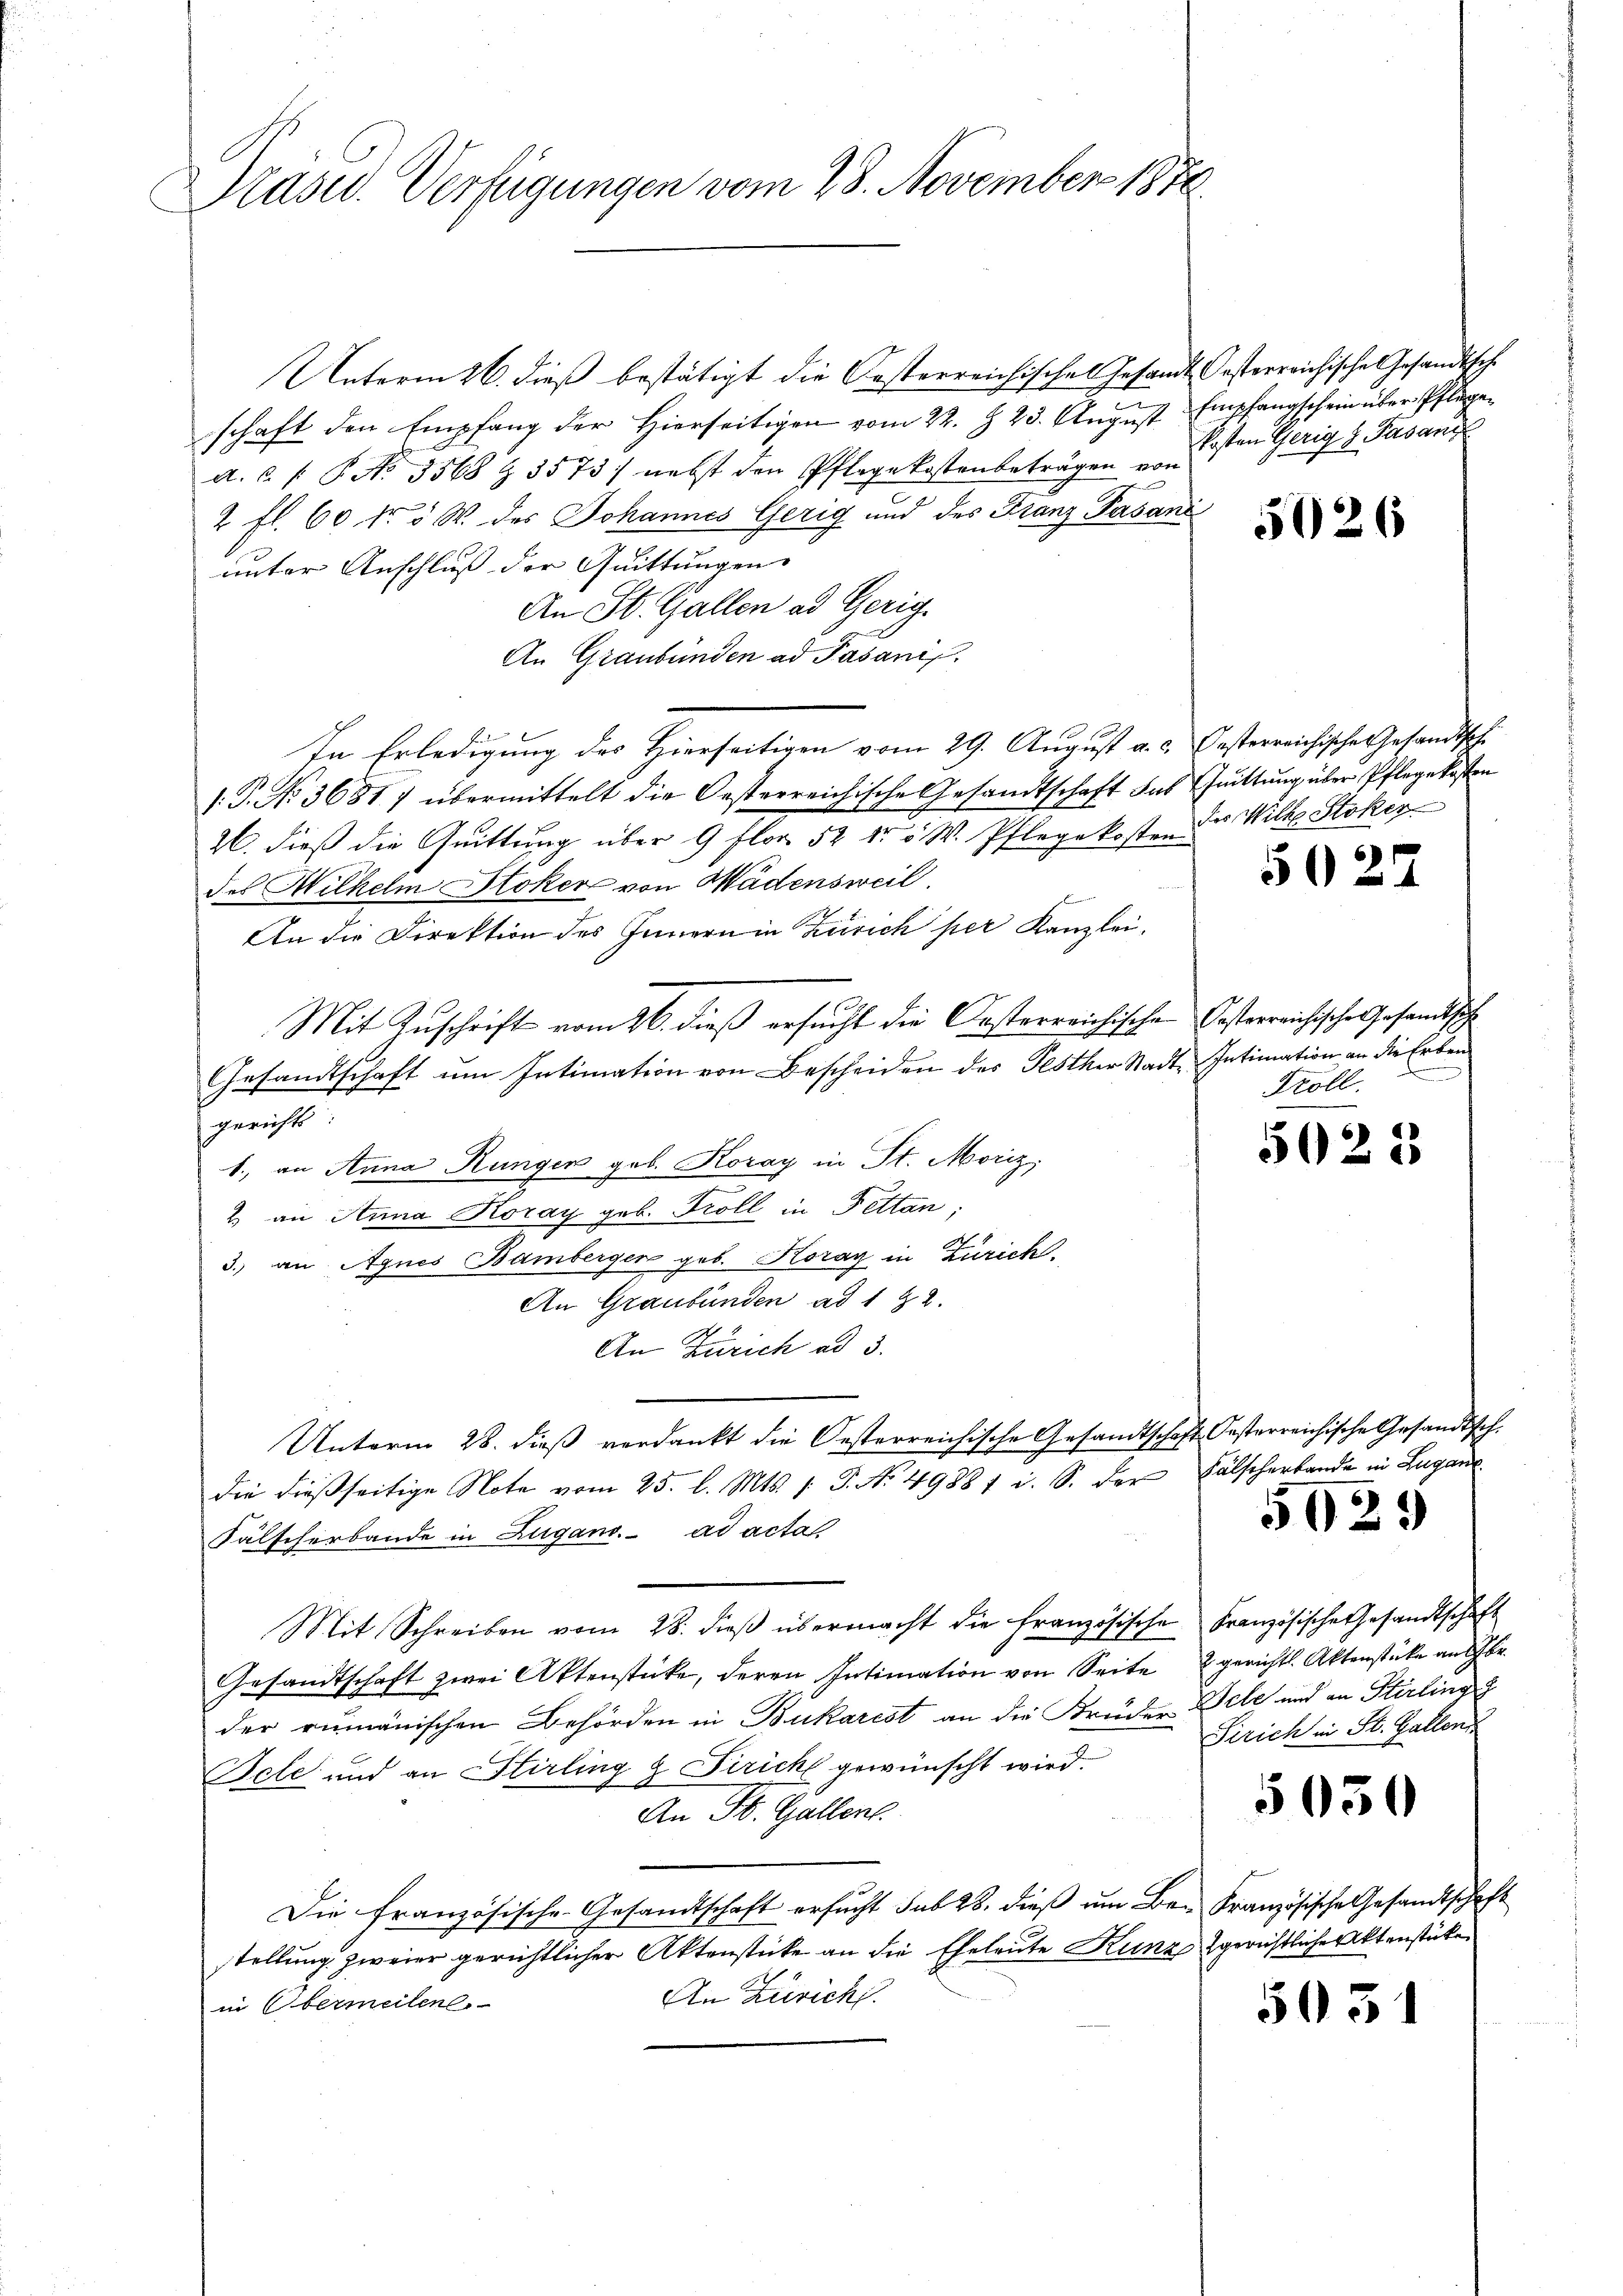
Präsid. Verfügungen vom 28. November 1876

Unterm 26. dieß bestätigt die Kosterreichisches Gesandt besterreichische Gesandtsche
schaft den Empfang der hierseitigen vom 22. § 23. Aŭgŭst Empfangschein über Pflinge¬
A. u. s. B. No. 3568 Z. 3573) nebst den Pflegekostenbeträgen von
2 fl. 60 fr 5 W. des Johannes Gerig und des Franz Pasani
unter Anschluß der Quittungen |
An St. Gallen ad Gerig.
An Graubünden ad Pasanis
In Erledigung des Hierseitigen vom 29. August a. c. Oesterreichische Gesandtsche
1: P. No. 3681) übermittelt die Oesterreichische Gesandtschaft das Quittung über Pflegekosten
26. dieß die Quittung über 9 flor 52 fr 5 W. Pflegekosten Wille Stokir
des Wilhelm Stoker von Wädensweil.
An die Direktion des Innern in Zürich per Kanzlei.
Mit Zuschrift vom 26. dieß ersucht die Oesterreichische Casterrichische Gesandtsch
Gesandtschaft um Intimation von Bescheiden des Festher Stadt Intimation an die Erben
gericht
1., an Anna Rungen geb. Koray in St. Moriz
2 an Anna Koray geb. Troll in Fettan
3. an Agnes Bamberger geb. Horay in Zürich.
An Graubünden ad 1 & 2.
An Zürich ad 3.
Unterm 28. dieβ verdankt die Oesterreichische Gesandtschaft Oesterreichische Gesandtsch.
die dießseitige Note vom 25. l. Mts. /: P. No. 4988 f i. S. der Fälscherbande in Lugan
Fälscherbande in Zugano. ad acta,
Mit Schreiben vom 28. dieβ übermacht die französische Französische Gesandtschaft
Gesandtschaft zwei Aktenstücke, deren Intimation von Seite 2 gerichts. Aktenstücke an be
der rumänischen Behörden in Bukarist an die Bruder Dele und an Stirling
Fele und an Stirling & Sirich gewünscht wird.
An St. Gallens
Die französische-Gesandtschaft ersucht sub 28. dieß um Be- Französische Gesandtschaft
stellung zweier gerichtlicher Aktenstücke an die Eheleute Kunz gerichtliche Aktenstücken
An Zürich.
in Obermeilen.

kosten Gerig z. Fasanz

5026

50.

d
Troll.

5022

5029

Sirich in St. Gallen

5650

5031